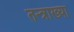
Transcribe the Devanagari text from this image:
तन्त्राख्या